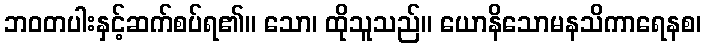
ဘဝတပါးနှင့်ဆက်စပ်ရ၏။ သော၊ ထိုသူသည်။ ယောနိသောမနသိကာရေနစ၊